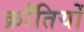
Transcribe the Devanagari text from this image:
क्राँतियों